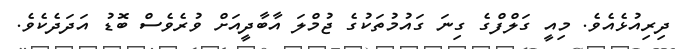
ދިރިއުޅެއެވެ. މިއީ ގަލްފްގެ ގިނަ ގައުމުތަކުގެ ޖުމްލަ އާބާދީއަށް ވުރެވެސް ބޮޑު އަދަދެކެވެ.